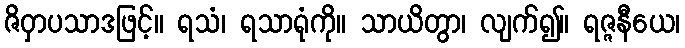
ဇိဝှာပသာဒဖြင့်။ ရသံ၊ ရသာရုံကို။ သာယိတွာ၊ လျက်၍။ ရဇ္ဇနီယေ၊